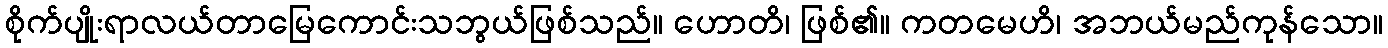
စိုက်ပျိုးရာလယ်တာမြေကောင်းသဘွယ်ဖြစ်သည်။ ဟောတိ၊ ဖြစ်၏။ ကတမေဟိ၊ အဘယ်မည်ကုန်သော။